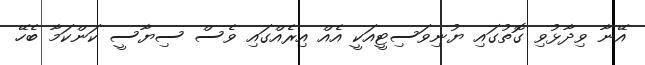
އޭނާ ވިދާޅުވި ގޮތުގައި ޔުނިވަސިޓީއަކީ އެއް އިރެއްގައި ވެސް ސިޔާސީ ކަންކަމާ ބެހޭ